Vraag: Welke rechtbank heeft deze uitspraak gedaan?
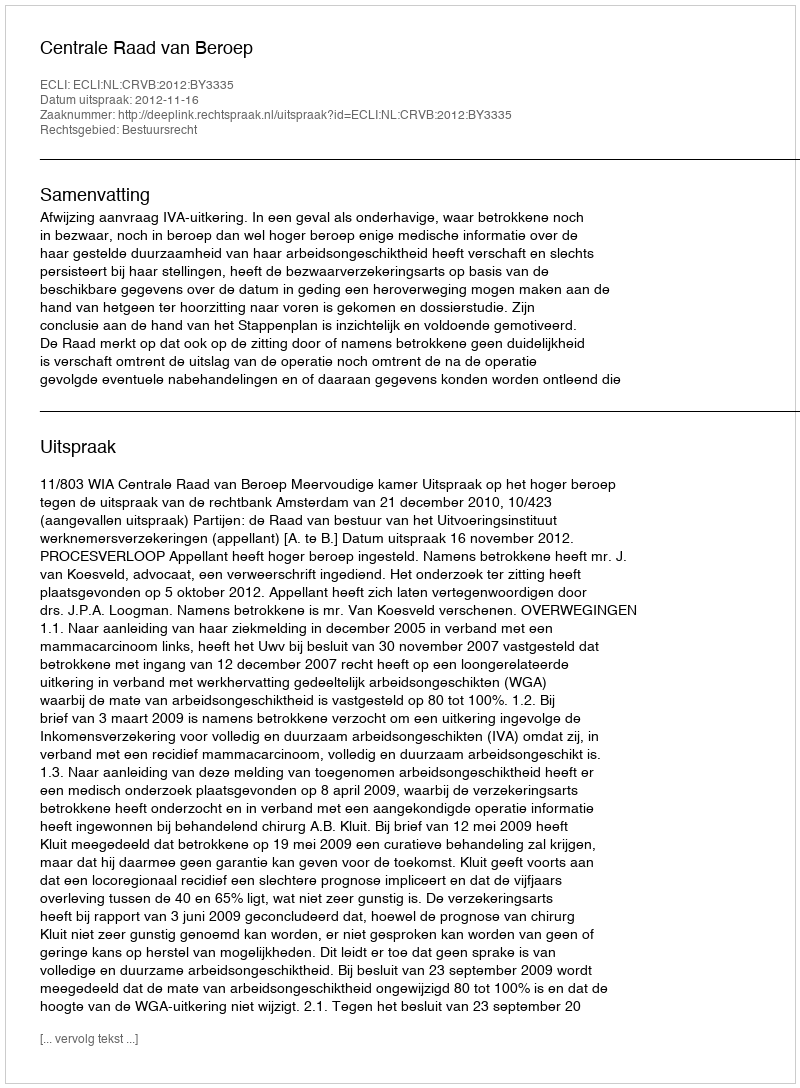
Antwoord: Centrale Raad van Beroep